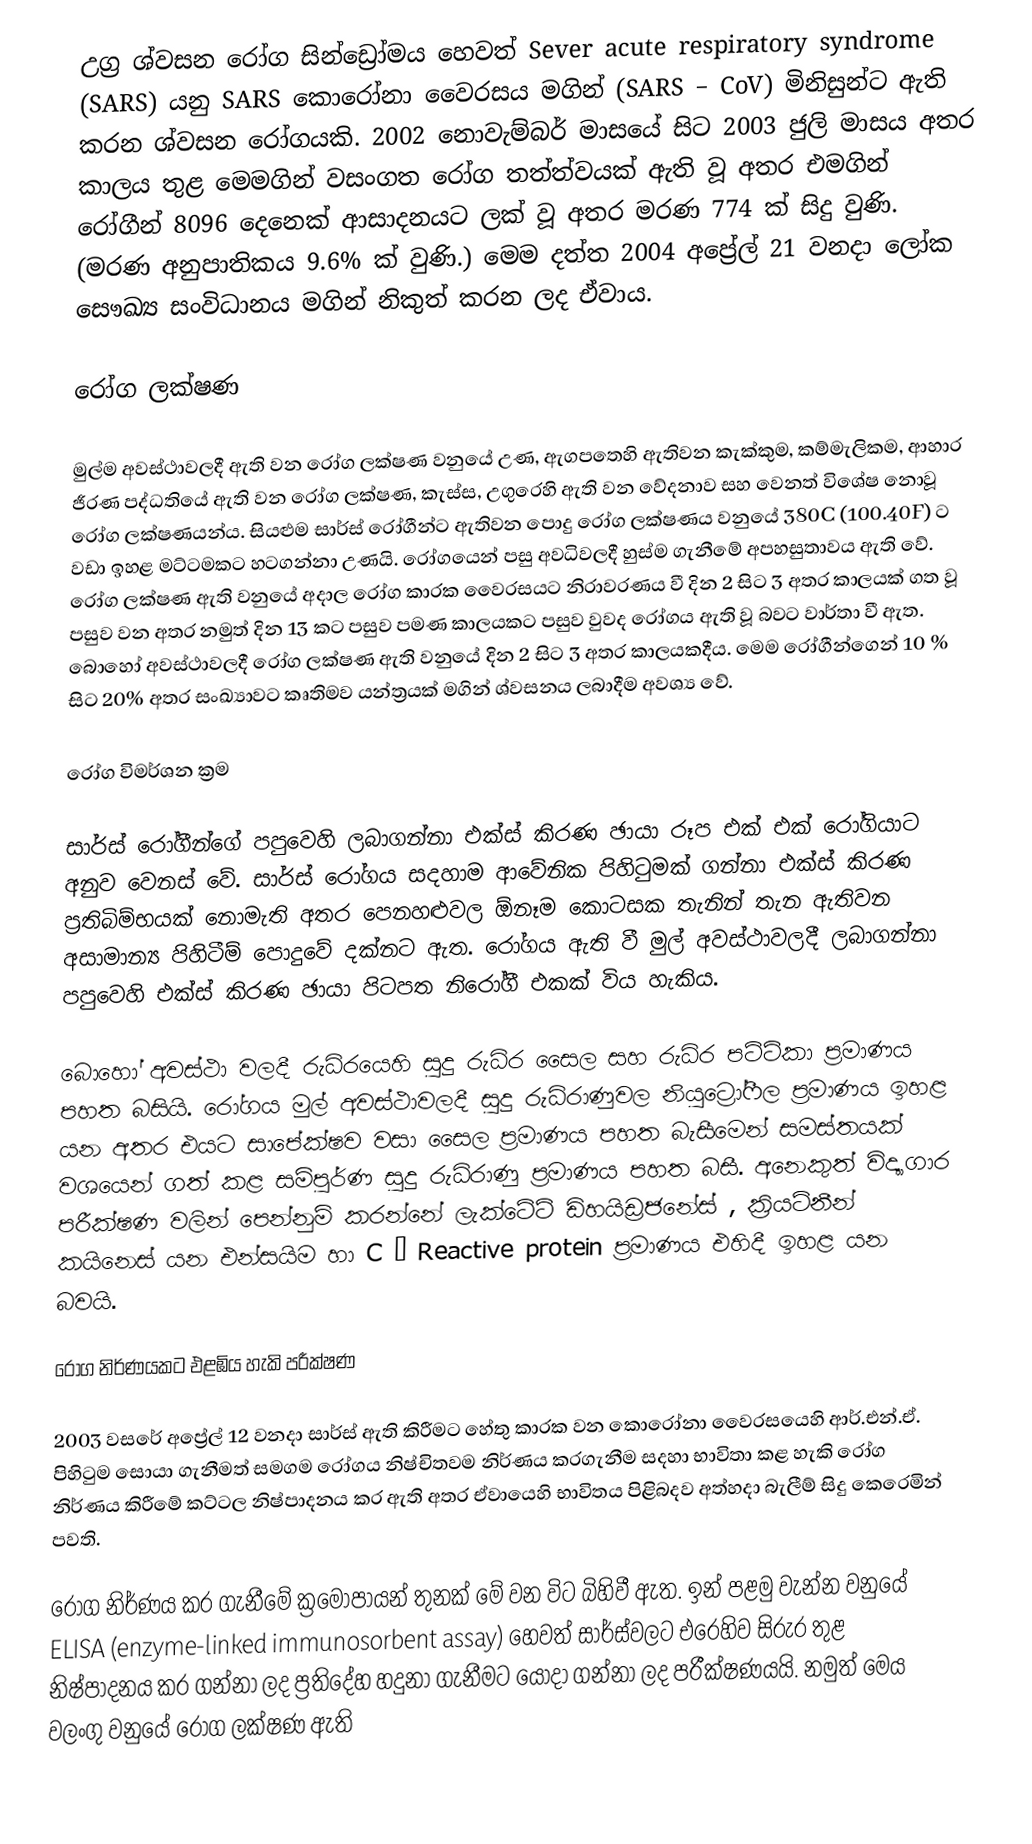
උග්‍ර ශ්වසන රෝග සින්ඩ්‍රෝමය හෙවත් Sever acute respiratory syndrome (SARS) යනු SARS කොරෝනා වෛරසය මගින් (SARS – CoV) මිනිසුන්ට ඇති කරන ශ්වසන රෝගයකි. 2002 නොවැම්බර් මාසයේ සිට 2003 ජුලි මාසය අතර කාලය තුළ මෙමගින් වසංගත රෝග තත්ත්වයක් ඇති වූ අතර එමගින් රෝගීන් 8096 දෙනෙක් ආසාදනයට ලක් වූ අතර මරණ 774 ක් සිදු වුණි. (මරණ අනුපාතිකය 9.6% ක් වුණි.) මෙම දත්ත 2004 අප්‍රේල් 21 වනදා ලෝක සෞඛ්‍ය සංවිධානය මගින් නිකුත් කරන ලද ඒවාය.

රෝග ලක්ෂණ

මුල්ම අවස්ථාවලදී ඇති වන රෝග ලක්ෂණ වනුයේ උණ, ඇගපතෙහි ඇතිවන කැක්කුම, කම්මැලිකම, ආහාර ජීරණ පද්ධතියේ ඇති වන රෝග ලක්ෂණ, කැස්ස, උගුරෙහි ඇති වන වේදනාව සහ වෙනත් විශේෂ නොවූ රෝග ලක්ෂණයන්ය. සියළුම සාර්ස් රෝගීන්ට ඇතිවන පොදු රෝග ලක්ෂණය වනුයේ 380C (100.40F) ට වඩා ඉහළ මට්ටමකට හටගන්නා උණයි. රෝගයෙන් පසු අවධිවලදී හුස්ම ගැනීමේ අපහසුතාවය ඇති වේ. රෝග ලක්ෂණ ඇති වනුයේ අදාල රෝග කාරක වෛරසයට නිරාවරණය වී දින 2 සිට 3 අතර කාලයක් ගත වූ පසුව වන අතර නමුත් දින 13 කට පසුව පමණ කාලයකට පසුව වුවද රෝගය ඇති වූ බවට වාර්තා වී ඇත. බොහෝ අවස්ථාවලදී රෝග ලක්ෂණ ඇති වනුයේ දින 2 සිට 3 අතර කාලයකදීය. මෙම රෝගීන්ගෙන් 10 % සිට 20% අතර සංඛ්‍යාවට කෘතිමව යන්ත්‍රයක් මගින් ශ්වසනය ලබාදීම අවශ්‍ය වේ.

රෝග විමර්ශන ක්‍රම

සාර්ස් රෝගීන්ගේ පපුවෙහි ලබාගන්නා එක්ස් කිරණ ඡායා රූප එක් එක් රෝගියා‍ට අනුව වෙනස් වේ. සාර්ස් රෝගය සදහාම ආවේනික පිහිටුමක් ගන්නා එක්ස් කිරණ ප්‍රතිබිම්භයක් නොමැති අතර පෙනහළුවල ඕනෑම කොටසක තැනින් තැන ඇතිවන අසාමාන්‍ය පිහිටීම් පොදුවේ දක්නට ඇත. රෝගය ඇති වී මුල් අවස්ථාවලදී ලබාගන්නා පපුවෙහි එක්ස් කිරණ ඡායා පිටපත නිරෝගී එකක් විය හැකිය.

බොහෝ අවස්ථා වලදී රුධිරයෙහි සුදු රුධිර සෛල සහ රුධිර පට්ටිකා‍ ප්‍රමාණය පහත බසියි. රෝගය මුල් අවස්ථාවලදී සුදු රුධිරාණුවල නියුට්‍රෝෆීල ප්‍රමාණය ඉහළ යන අතර එයට සාපේක්ෂව වසා සෛල ප්‍රමාණය පහත බැසීමෙන් සමස්තයක් වශයෙන් ගත් කළ සම්පුර්ණ සුදු රුධිරාණු ප්‍රමාණය පහත බසී. අනෙකුත් විද්‍යාගාර පරීක්ෂණ වලින් පෙන්නුම් කරන්නේ ලැක්ටේට් ඩිහයිඩ්‍රජනේස් , ක්‍රියටිනීන් කයිනෙස් යන එන්සයිම හා C – Reactive protein ප්‍රමාණය එහිදී ඉහළ යන බවයි.

රෝග නිර්ණයකට එළඹිය හැකි පරීක්ෂණ

2003 වසරේ අප්‍රේල් 12 වනදා සාර්ස් ඇති කිරීමට හේතු කාරක වන කොරෝනා වෛරසයෙහි ආර්.එන්.ඒ. පිහිටුම සොයා ගැනීමත් සමගම රෝගය නිෂ්චිතවම නිර්ණය කරගැනීම සදහා භාවිතා කළ හැකි රෝග නිර්ණය කිරීමේ කට්ටල නිෂ්පාදනය කර ඇති අතර ඒවායෙහි භාවිතය පිළිබදව අත්හදා බැලීම් සිදු කෙරෙමින් පවති.

රෝග නිර්ණය කර ගැනීමේ ක්‍රමෝපායන් තුනක් මේ වන විට බිහිවී ඇත. ඉන් පළමු වැන්න වනුයේ ELISA (enzyme-linked immunosorbent assay) හෙවත් සාර්ස්වලට එරෙහිව සිරුර තුළ නිෂ්පාදනය කර ගන්නා ලද ප්‍රතිදේහ හදුනා ගැනීමට යොදා ගන්නා ලද පරීක්ෂණයයි. නමුත් මෙය වලංගු වනුයේ රෝග ලක්ෂණ ඇති